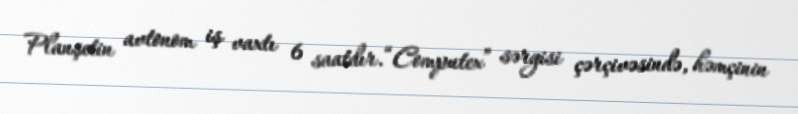
Planşetin avtonom iş vaxtı 6 saatdır.“Computex” sərgisi çərçivəsində, həmçinin